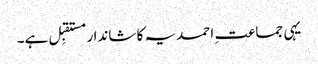
یہی جماعت ِ احمدیہ کا شاندار مستقبِل ہے۔